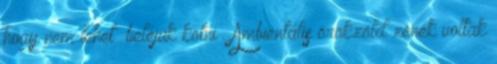
hogy nem lehet „beléjük kötni”. Ambientális örökzöld zenék voltak